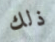
ذلك